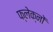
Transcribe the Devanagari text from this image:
फ्लेक्नों